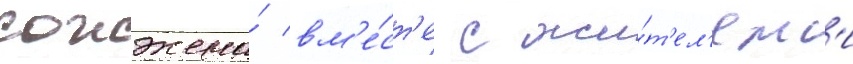
сожжена́ вм'е́ст'е с жи́т'ел'ям'и